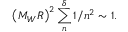
\left( M _ { W } R \right) ^ { 2 } \sum _ { n } ^ { \delta } 1 / n ^ { 2 } \sim 1 .